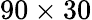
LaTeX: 90\times 30